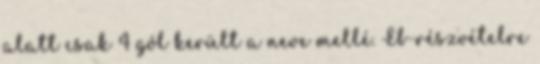
alatt csak 4 gól került a neve mellé. Eb-részvételre